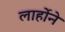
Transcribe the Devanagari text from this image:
लार्होने